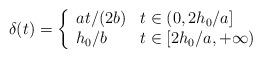
LaTeX: \begin{align*}\delta(t)=\left\{\begin{array}{ll}at/(2b) & t\in (0,2h_0/a]\\h_0/b &t\in [2h_0/a,+\infty)\end{array}\right.\end{align*}